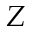
Z